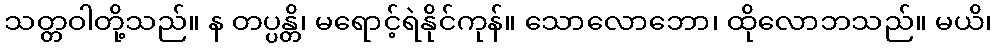
သတ္တဝါတို့သည်။ န တပ္ပန္တိ၊ မရောင့်ရဲနိုင်ကုန်။ သောလောဘော၊ ထိုလောဘသည်။ မယိ၊